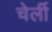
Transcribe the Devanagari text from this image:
चेर्ली